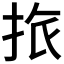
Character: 𢬜